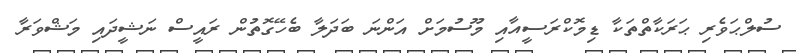
ސުލްޙަވެރި ޙަރަކާތްތަކާ ޑިމޮކްރަސީއާއި މޫސުމަށް އަންނަ ބަދަލާ ބެހޭގޮތުން ރައީސް ނަޝީދައި މަޝްވަރާ